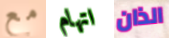
مع اتهام الذان